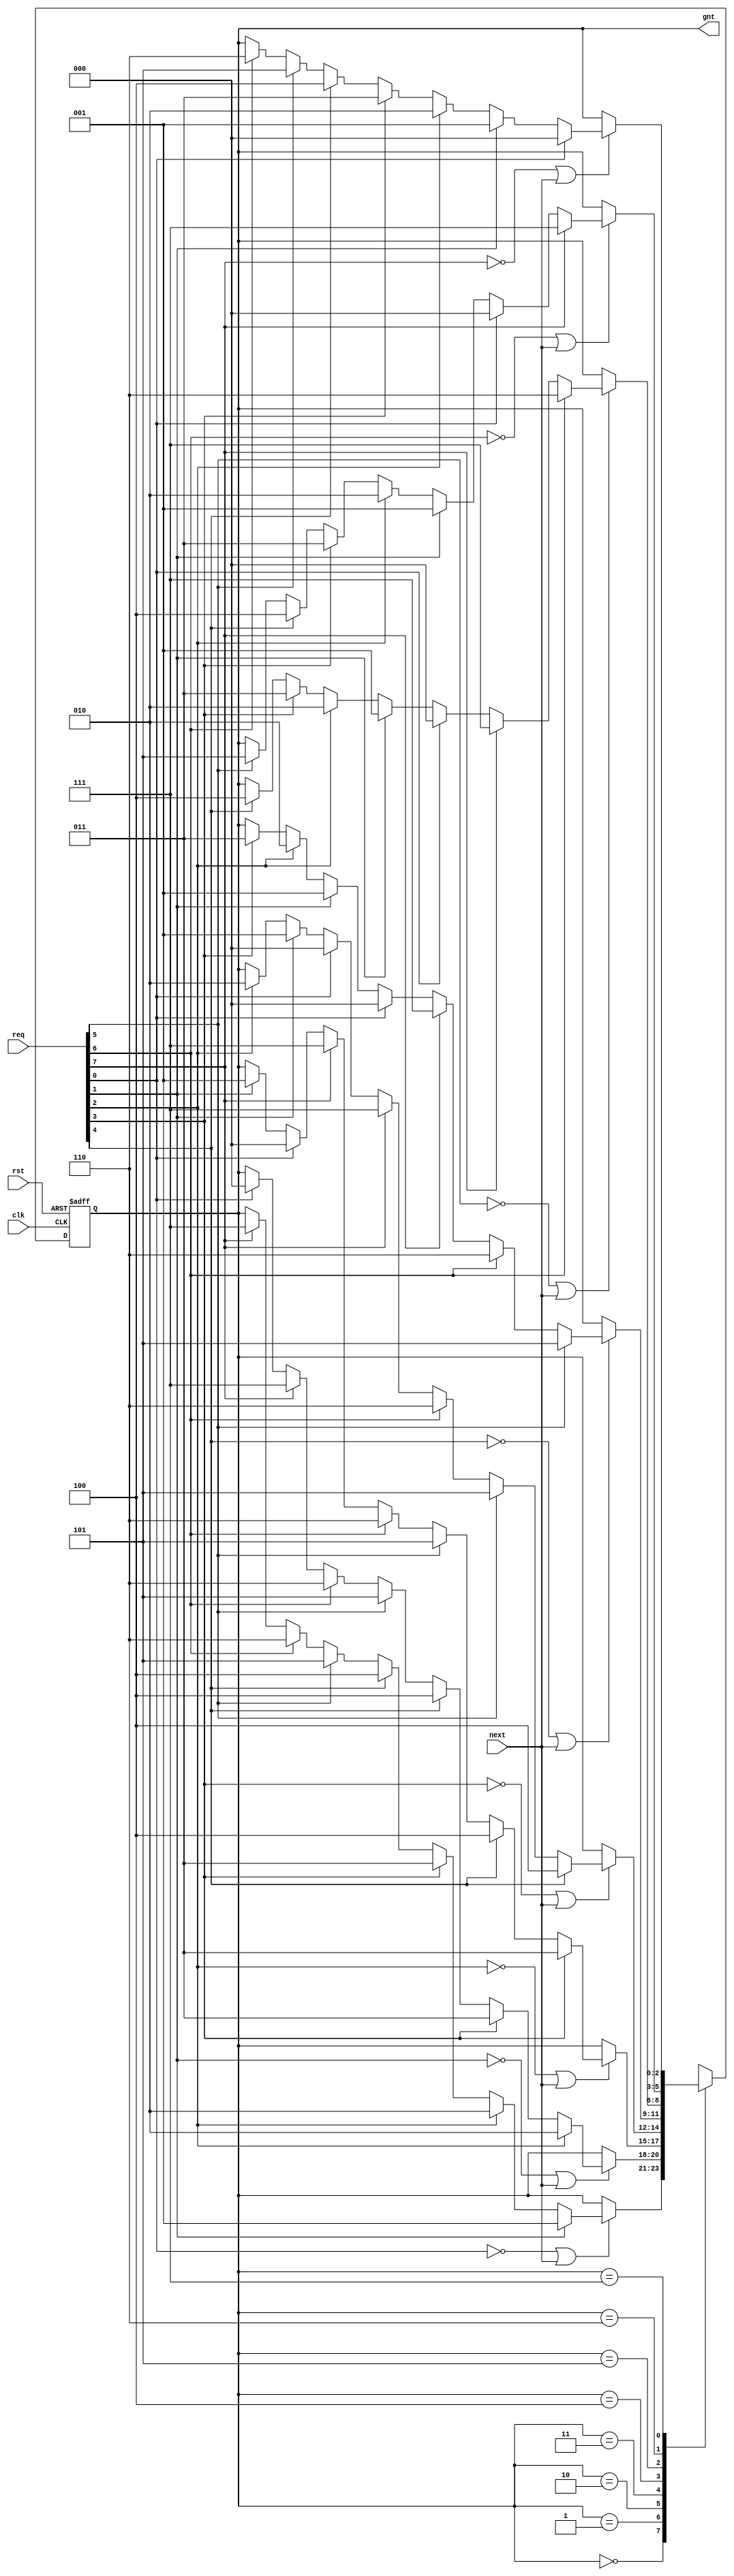
module wb_conmax_arb(clk, rst, req, gnt, next);
input		clk;
input		rst;
input	[7:0]	req;		
output	[2:0]	gnt; 		
input		next;		
parameter	[2:0]
                grant0 = 3'h0,
                grant1 = 3'h1,
                grant2 = 3'h2,
                grant3 = 3'h3,
                grant4 = 3'h4,
                grant5 = 3'h5,
                grant6 = 3'h6,
                grant7 = 3'h7;
reg [2:0]	state, next_state;
assign	gnt = state;
always@(posedge clk or posedge rst)
	if(rst)		state <= #1 grant0;
	else		state <= #1 next_state;
always@(state or req or next)
   begin
	next_state = state;	
	case(state)		
 	   grant0:
		if(!req[0] | next)
		   begin
			if(req[1])	next_state = grant1;
			else
			if(req[2])	next_state = grant2;
			else
			if(req[3])	next_state = grant3;
			else
			if(req[4])	next_state = grant4;
			else
			if(req[5])	next_state = grant5;
			else
			if(req[6])	next_state = grant6;
			else
			if(req[7])	next_state = grant7;
		   end
 	   grant1:
		if(!req[1] | next)
		   begin
			if(req[2])	next_state = grant2;
			else
			if(req[3])	next_state = grant3;
			else
			if(req[4])	next_state = grant4;
			else
			if(req[5])	next_state = grant5;
			else
			if(req[6])	next_state = grant6;
			else
			if(req[7])	next_state = grant7;
			else
			if(req[0])	next_state = grant0;
		   end
 	   grant2:
		if(!req[2] | next)
		   begin
			if(req[3])	next_state = grant3;
			else
			if(req[4])	next_state = grant4;
			else
			if(req[5])	next_state = grant5;
			else
			if(req[6])	next_state = grant6;
			else
			if(req[7])	next_state = grant7;
			else
			if(req[0])	next_state = grant0;
			else
			if(req[1])	next_state = grant1;
		   end
 	   grant3:
		if(!req[3] | next)
		   begin
			if(req[4])	next_state = grant4;
			else
			if(req[5])	next_state = grant5;
			else
			if(req[6])	next_state = grant6;
			else
			if(req[7])	next_state = grant7;
			else
			if(req[0])	next_state = grant0;
			else
			if(req[1])	next_state = grant1;
			else
			if(req[2])	next_state = grant2;
		   end
 	   grant4:
		if(!req[4] | next)
		   begin
			if(req[5])	next_state = grant5;
			else
			if(req[6])	next_state = grant6;
			else
			if(req[7])	next_state = grant7;
			else
			if(req[0])	next_state = grant0;
			else
			if(req[1])	next_state = grant1;
			else
			if(req[2])	next_state = grant2;
			else
			if(req[3])	next_state = grant3;
		   end
 	   grant5:
		if(!req[5] | next)
		   begin
			if(req[6])	next_state = grant6;
			else
			if(req[7])	next_state = grant7;
			else
			if(req[0])	next_state = grant0;
			else
			if(req[1])	next_state = grant1;
			else
			if(req[2])	next_state = grant2;
			else
			if(req[3])	next_state = grant3;
			else
			if(req[4])	next_state = grant4;
		   end
 	   grant6:
		if(!req[6] | next)
		   begin
			if(req[7])	next_state = grant7;
			else
			if(req[0])	next_state = grant0;
			else
			if(req[1])	next_state = grant1;
			else
			if(req[2])	next_state = grant2;
			else
			if(req[3])	next_state = grant3;
			else
			if(req[4])	next_state = grant4;
			else
			if(req[5])	next_state = grant5;
		   end
 	   grant7:
		if(!req[7] | next)
		   begin
			if(req[0])	next_state = grant0;
			else
			if(req[1])	next_state = grant1;
			else
			if(req[2])	next_state = grant2;
			else
			if(req[3])	next_state = grant3;
			else
			if(req[4])	next_state = grant4;
			else
			if(req[5])	next_state = grant5;
			else
			if(req[6])	next_state = grant6;
		   end
	endcase
   end
endmodule